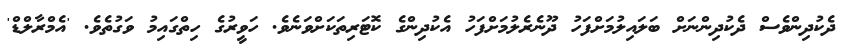
ދެކުދިންވެސް ދެކުދިންނަށް ބަލައިލުމަށްފަހު ދޫނެރެލުމަށްފަހު އެކުދިންގެ ކޮޓަރިތަކަށްވަނެވެ. ހަވީރުގެ ހިތްގައިމު ވަގުތެވެ. 'އެމްރާލްޑް'